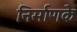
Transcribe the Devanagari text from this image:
निर्माणके